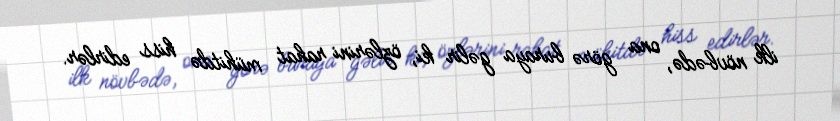
ilk növbədə, ona görə buraya gəlir ki, özlərini rahat mühitdə hiss edirlər.